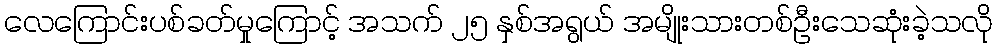
လေကြောင်းပစ်ခတ်မှုကြောင့် အသက် ၂၅ နှစ်အရွယ် အမျိုးသားတစ်ဦးသေဆုံးခဲ့သလို